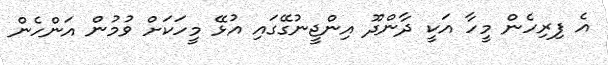
އެ ފިރިހެން މީހާ އަކީ ދާންދޫ އިންޖީނުގޭގައި އުޅޭ މީހަކަށް ވުމުން އަންހެން